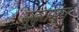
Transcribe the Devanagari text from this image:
सुहुंगमुंग